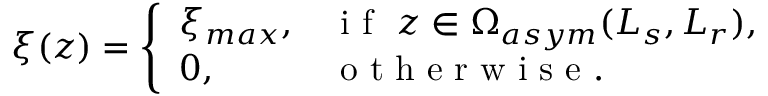
\xi ( z ) = \left\{ \begin{array} { l l } { \xi _ { m a x } , } & { \mathrm { ~ i ~ f ~ } \ z \in \Omega _ { a s y m } ( L _ { s } , L _ { r } ) , } \\ { 0 , } & { \mathrm { ~ o ~ t ~ h ~ e ~ r ~ w ~ i ~ s ~ e ~ . ~ } } \end{array} \right.